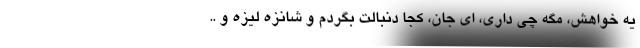
یه خواهش، مگه چی داری، ای جان، کجا دنبالت بگردم و شانزه لیزه و ..